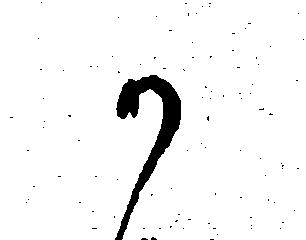
か